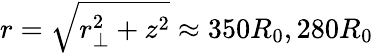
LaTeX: r=\sqrt{r_{\perp}^{2}+z^{2}}\approx 350R_{0},280R_{0}